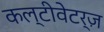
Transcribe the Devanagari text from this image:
कल्टीवेटर्ज़